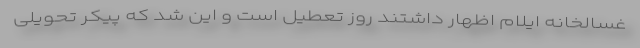
غسالخانه ایلام اظهار داشتند روز تعطیل است و این شد که پیکر تحویلی